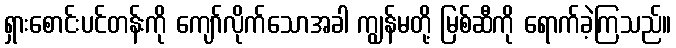
ရှားစောင်းပင်တန်းကို ကျော်လိုက်သောအခါ ကျွန်မတို့ မြစ်ဆီကို ရောက်ခဲ့ကြသည်။